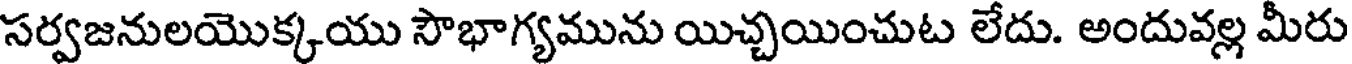
సర్వజనులయొక్కయు సౌభాగ్యమును యిచ్చయించుట లేదు. అందువల్ల మీరు